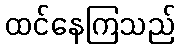
ထင်နေကြသည်